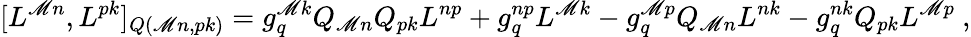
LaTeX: [L^{\mathscr{M}n},L^{pk}]_{Q(\mathscr{M}n,pk)}=g_{q}^{\mathscr{M}k}Q_{\mathscr{M}n}Q_{pk}L^{np}+g_{q}^{np}L^{\mathscr{M}k}-g_{q}^{\mathscr{M}p}Q_{\mathscr{M}n}L^{nk}-g_{q}^{nk}Q_{pk}L^{\mathscr{M}p}\ ,